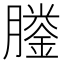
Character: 𦡎